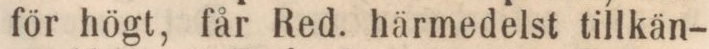
för högt, får Red. härmedelst tillkän-